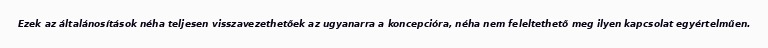
Ezek az általánosítások néha teljesen visszavezethetőek az ugyanarra a koncepcióra, néha nem feleltethető meg ilyen kapcsolat egyértelműen.